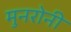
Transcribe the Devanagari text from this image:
मुनरोनी